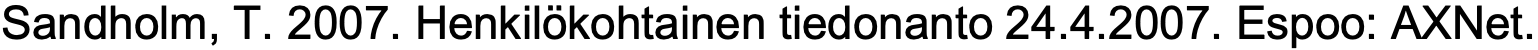
Sandholm, T. 2007. Henkilökohtainen tiedonanto 24.4.2007. Espoo: AXNet.